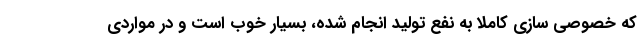
که خصوصی سازی کاملا به نفع تولید انجام شده، بسیار خوب است و در مواردی